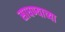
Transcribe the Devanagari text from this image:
साधण्याच्या